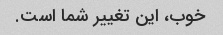
خوب، این تغییر شما است.